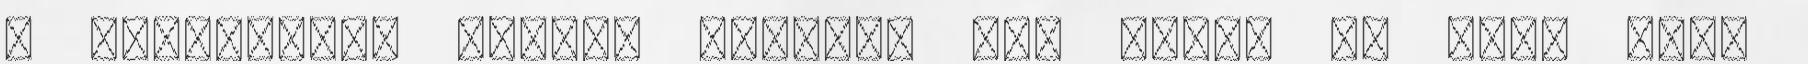
a funkciókat hogyan osztjuk el. Ahogy az sem, hogy